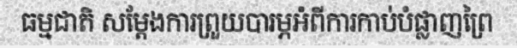
ធម្មជាតិ សម្តែងការព្រួយបារម្ភអំពីការកាប់បំផ្លាញព្រៃ